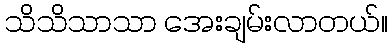
သိသိသာသာ အေးချမ်းလာတယ်။